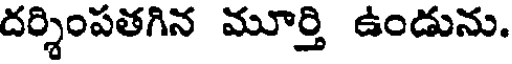
దర్శింపతగిన మూర్తి ఉండును.